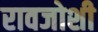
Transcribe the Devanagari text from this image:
रावजोशी